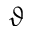
\vartheta